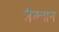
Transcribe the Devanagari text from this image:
लैक्लान